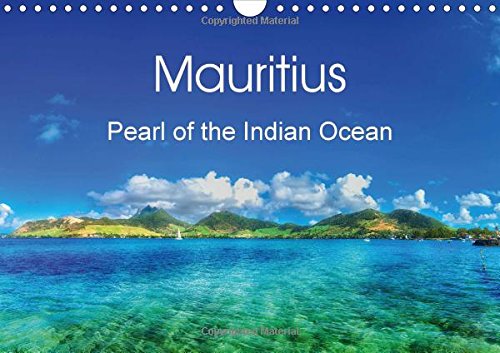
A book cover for Mauritius - Pearl of the Indian Ocean: Sculpted by Volcanoes, Mauritius is a Paradise Island (Calvendo Places); Travel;